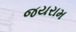
જયરામ